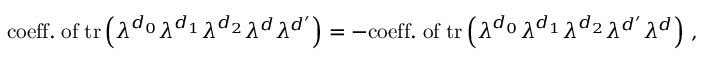
\mathrm { c o e f f . \; o f } \; \mathrm { t r } \left( \lambda ^ { d _ { 0 } } \lambda ^ { d _ { 1 } } \lambda ^ { d _ { 2 } } \lambda ^ { d } \lambda ^ { d ^ { \prime } } \right) = - \mathrm { c o e f f . \; o f } \; \mathrm { t r } \left( \lambda ^ { d _ { 0 } } \lambda ^ { d _ { 1 } } \lambda ^ { d _ { 2 } } \lambda ^ { d ^ { \prime } } \lambda ^ { d } \right) \, ,